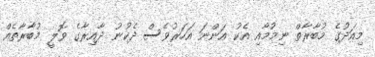
މިއަދުގެ މުބާރާތް ނިމުމާއި އެކު އަންނަ އަހަރުވެސް ދެކުނު ދާއިރާގެ ވޮލީ މުބާރާތެއް